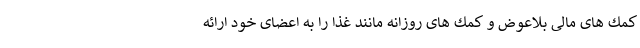
كمك هاى مالى بلاعوض و كمك هاى روزانه مانند غذا را به اعضاى خود ارائه